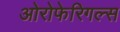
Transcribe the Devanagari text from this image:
ओरोफेरिगल्स